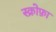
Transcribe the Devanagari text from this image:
स्क्रोफ़ा